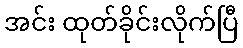
အင်း ထုတ်ခိုင်းလိုက်ပြီ